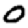
Digit: 0